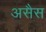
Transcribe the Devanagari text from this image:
असैस